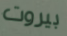
بيروت